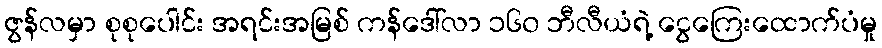
ဇွန်လမှာ စုစုပေါင်း အရင်းအမြစ် ကန်ဒေါ်လာ ၁၆၀ ဘီလီယံရဲ့ ငွေကြေးထောက်ပံမှု